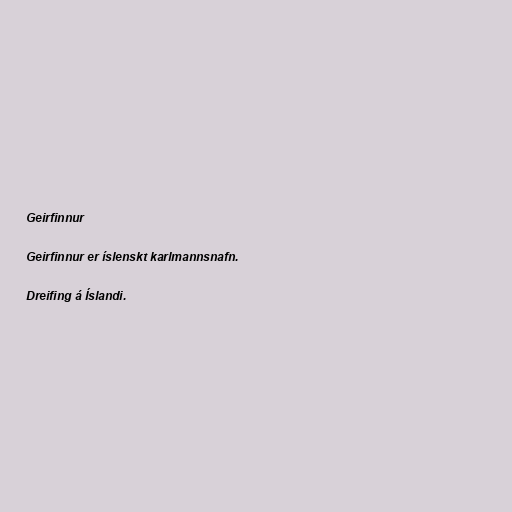
Geirfinnur

Geirfinnur er íslenskt karlmannsnafn.

Dreifing á Íslandi.